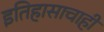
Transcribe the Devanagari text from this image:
इतिहासाचाही